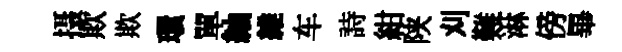
摄欺欺環單紬維车詩紺陕刈難淋傍畢